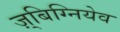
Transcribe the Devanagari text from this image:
ज़्बिग्नियेव